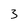
Character: 3